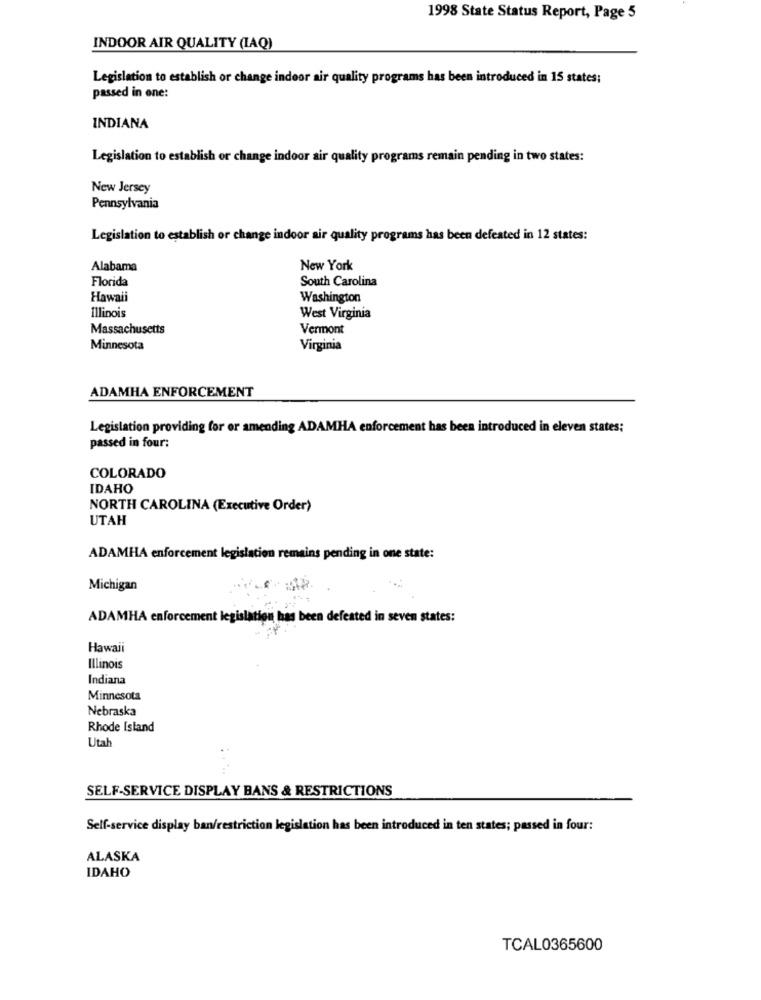
1998 State Status Report, Page 5
INDOOR AIR QUALITY (LAQ)
Legislation to establish or change indoor air quality programs has been introduced in 15 states;
passed in one:
INDIANA
Legislation to establish or change indoor air quality programs remain pending in two states:
New Jersey
Pennsylvania
Legislation to establish or change indoor air quality programs has been defeated in 12 states:
Alabama
New York
Florida
South Carolina
Hawaii
Washington
Illinois
West Virginia
Massachusetts
Vermont
Minnesota
Virginia
ADAMHA ENFORCEMENT
Legislation providing for or amending ADAMHA enforcement has been introduced in eleven states;
passed in four:
COLORADO
IDAHO
NORTH CAROLINA (Executive Order)
UTAH
ADAMHA enforcement legislation remains pending in one state:
Michigan
ADAMHA enforcement legislation has been defeated in seven states:
Hawaii
Illinois
Indiana
Minnesota
Nebraska
Rhode Island
Utah
SELF-SERVICE DISPLAY BANS & RESTRICTIONS
Self-service display ban/restriction legislation has been introduced in ten states; passed in four:
ALASKA
IDAHO
TCAL0365600